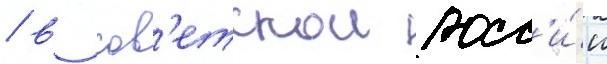
/ в сов'етскои росс'и́и